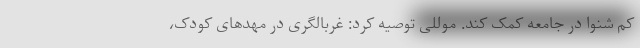
کم شنوا در جامعه کمک کند. موللی توصیه کرد: غربالگری در مهدهای کودک،